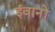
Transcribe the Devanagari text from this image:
ईवानों